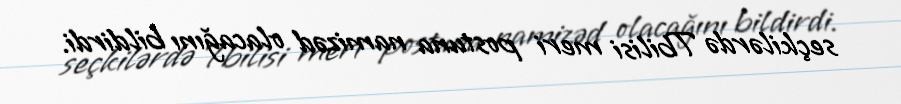
seçkilərdə Tbilisi meri postuna namizəd olacağını bildirdi.